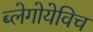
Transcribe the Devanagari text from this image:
ब्लेगोयेविच